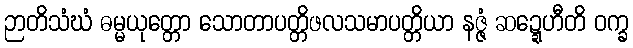
ဉာတိသံဃံ ဓမ္မယုတ္တော သောတာပတ္တိဖလသမာပတ္တိယာ နဇ္ဇံ ဆဍ္ဍေဟီတိ ဝက္ခ